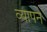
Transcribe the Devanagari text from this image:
व्यापने